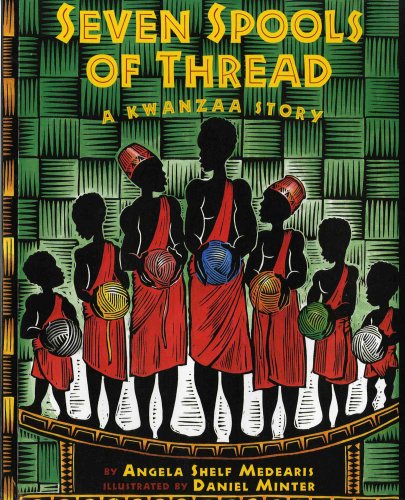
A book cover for Seven Spools of Thread: A Kwanzaa Story (Albert Whitman Prairie Paperback); Angela Shelf Medearis; Children's Books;